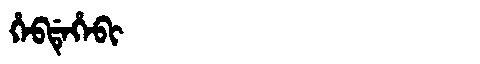
Manchu: ᡥᡝᠪᡩᡝᡥᡝᠪᡳ
Romanization: HEBDEHEBI